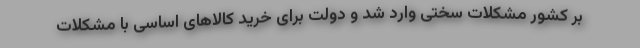
بر کشور مشکلات سختی وارد شد و دولت برای خرید کالاهای اساسی با مشکلات